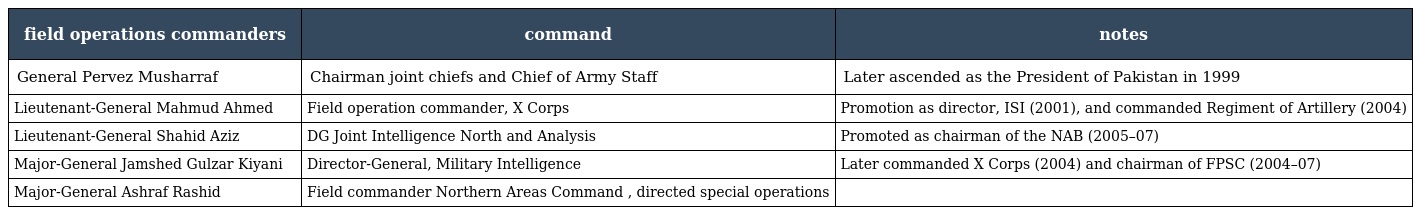
| field operations commanders | command | notes |
 | --- | --- | --- |
 | General Pervez Musharraf | Chairman joint chiefs and Chief of Army Staff | Later ascended as the President of Pakistan in 1999 |
 | Lieutenant-General Mahmud Ahmed | Field operation commander, X Corps | Promotion as director, ISI (2001), and commanded Regiment of Artillery (2004) |
 | Lieutenant-General Shahid Aziz | DG Joint Intelligence North and Analysis | Promoted as chairman of the NAB (2005–07) |
 | Major-General Jamshed Gulzar Kiyani | Director-General, Military Intelligence | Later commanded X Corps (2004) and chairman of FPSC (2004–07) |
 | Major-General Ashraf Rashid | Field commander Northern Areas Command , directed special operations |  |